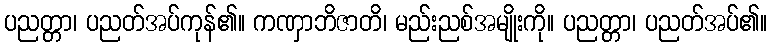
ပညတ္တာ၊ ပညတ်အပ်ကုန်၏။ ကဏှာဘိဇာတိ၊ မည်းညစ်အမျိုးကို။ ပညတ္တာ၊ ပညတ်အပ်၏။